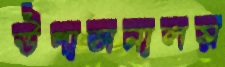
উপাসনালয়